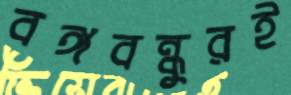
বঙ্গবন্ধুরই